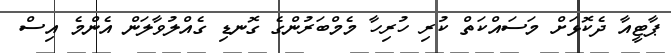
ޕާޓީއާ ދެކޮޅަށް މަސައްކަތް ކުރި ހުރިހާ މެމްބަރުންގެ ގޮނޑި ގެއްލުވާލަން އެންމެ އިސް